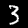
Digit: 3